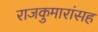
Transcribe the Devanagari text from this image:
राजकुमारांसह